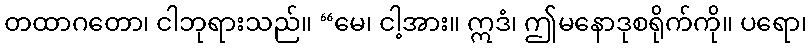
တထာဂတော၊ ငါဘုရားသည်။ “မေ၊ ငါ့အား။ ဣဒံ၊ ဤမနောဒုစရိုက်ကို။ ပရော၊